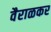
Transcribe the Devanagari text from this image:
वैराळकर